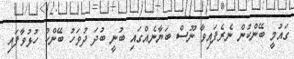
ގައުމީ ބޭންކުން ނެރެފައިވާ ނޫސް ބަޔާނެއްގައި ބުނީ ބުދަ ދުވަހު ބޭންކް ހުޅުވާފައި